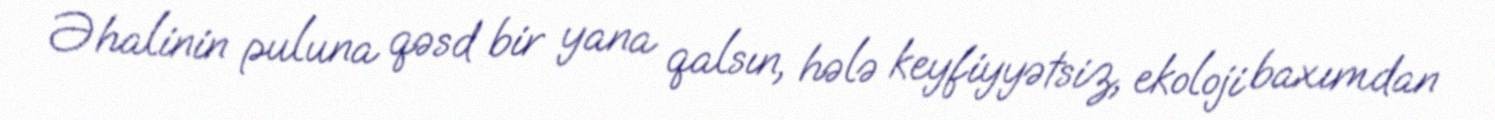
Əhalinin puluna qəsd bir yana qalsın, hələ keyfiyyətsiz, ekoloji baxımdan